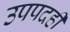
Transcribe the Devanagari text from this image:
उपपदही